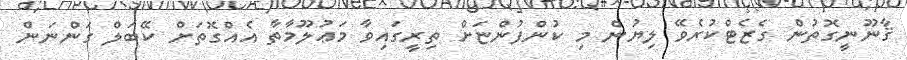
ޤާނޫނީގޮތުން ގެޒެޓްކުރެވޭ ލިޔުން މި ކުންފުންޏަށް ތިރީގައިވާ މަޢުލޫމާތާ އެއްގޮތަށް ކޭބަލް ގަންނަން